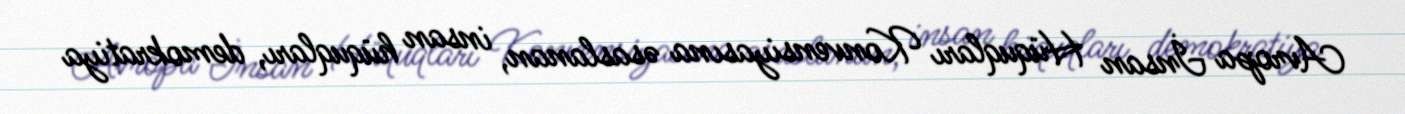
Avropa İnsan Hüquqları Konvensiyasına əsaslanan, insan hüquqları, demokratiya